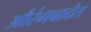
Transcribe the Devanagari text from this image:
औरंगबादेत